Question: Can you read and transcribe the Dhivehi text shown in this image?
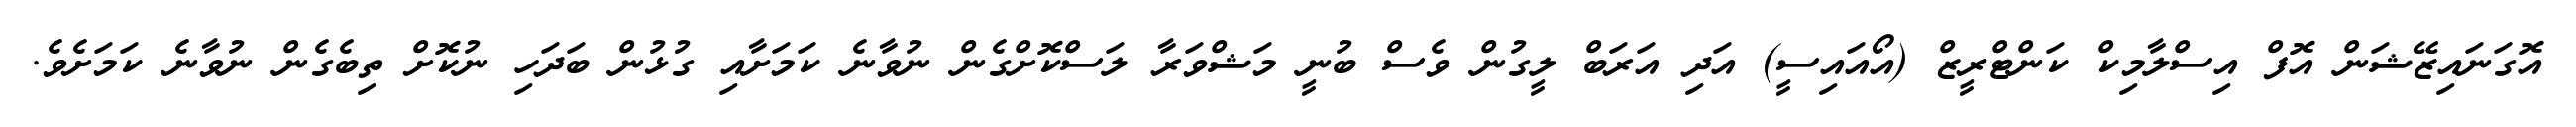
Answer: އޮގަނައިޒޭޝަން އޮފް އިސްލާމިކް ކަންޓްރީޒް (އޯއައިސީ) އަދި އަރަބް ލީގުން ވެސް ބުނީ މަޝްވަރާ ލަސްކޮށްގެން ނުވާނެ ކަމަށާއި ގުޅުން ބަދަހި ނުކޮށް ތިބެގެން ނުވާނެ ކަމަށެވެ.